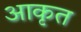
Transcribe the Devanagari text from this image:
आकृत